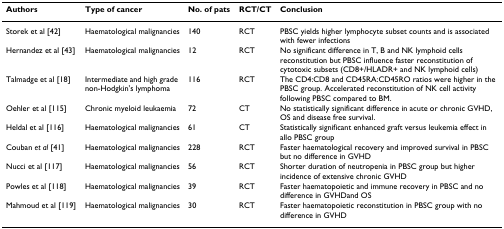
<table><thead><tr><td><b>Authors</b></td><td><b>Type of cancer</b></td><td><b>No. of pats</b></td><td><b>RCT/CT</b></td><td><b>Conclusion</b></td></tr></thead><tbody><tr><td>Storek et al [42]</td><td>Haematological malignancies</td><td>140</td><td>RCT</td><td>PBSC yields higher lymphocyte subset counts and is associated with fewer infections</td></tr><tr><td>Hernandez et al [43]</td><td>Haematological malignancies</td><td>12</td><td>RCT</td><td>No significant difference in T, B and NK lymphoid cells reconstitution but PBSC influence faster reconstitution of cytotoxic subsets (CD8+/HLADR+ and NK lymphoid cells)</td></tr><tr><td>Talmadge et al [18]</td><td>Intermediate and high grade non-Hodgkin&#x27;s lymphoma</td><td>116</td><td>RCT</td><td>The CD4:CD8 and CD45RA:CD45RO ratios were higher in the PBSC group. Accelerated reconstitution of NK cell activity following PBSC compared to BM.</td></tr><tr><td>Oehler et al [115]</td><td>Chronic myeloid leukaemia</td><td>72</td><td>CT</td><td>No statistically significant difference in acute or chronic GVHD, OS and disease free survival.</td></tr><tr><td>Heldal et al [116]</td><td>Haematological malignancies</td><td>61</td><td>CT</td><td>Statistically significant enhanced graft versus leukemia effect in allo PBSC group</td></tr><tr><td>Couban <i>et al </i>[41]</td><td>Haematological malignancies</td><td>228</td><td>RCT</td><td>Faster haematological recovery and improved survival in PBSC but no difference in GVHD</td></tr><tr><td>Nucci et al [117]</td><td>Haematological malignancies</td><td>56</td><td>RCT</td><td>Shorter duration of neutropenia in PBSC group but higher incidence of extensive chronic GVHD</td></tr><tr><td>Powles et al [118]</td><td>Haematological malignancies</td><td>39</td><td>RCT</td><td>Faster haematopoietic and immune recovery in PBSC and no difference in GVHDand OS</td></tr><tr><td>Mahmoud et al [119]</td><td>Haematological malignancies</td><td>30</td><td>RCT</td><td>Faster haematopoietic reconstitution in PBSC group with no difference in GVHD</td></tr></tbody></table>